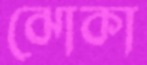
ঝোকা